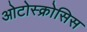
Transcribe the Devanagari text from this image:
ओटोस्क्रोसिस